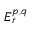
E _ { r } ^ { p , q }